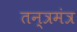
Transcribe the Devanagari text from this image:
तन्त्रमंत्र